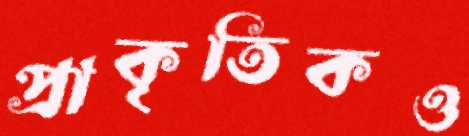
প্রাকৃতিকও